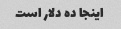
اینجا ده دلار است